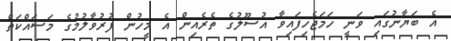
އެ ބަޔާނުގައި ވަނީ ހަމަޖެހިފައިވާ އުސޫލުގެ ތެރެއިން އެ މީހުން ފުރުވާލުމުގެ މަސައްކަތް